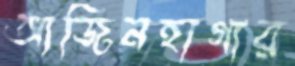
আজিনহাগার